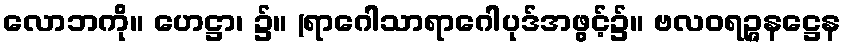
လောဘကို။ ဟေဋ္ဌာ၊ ၌။ (ရာဂေါသာရာဂေါပုဒ်အဖွင့်၌။ ဗလဝရဉ္ဇနဋ္ဌေန